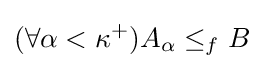
(\forall {\alpha <\kappa ^{+}})A_{\alpha }\leq _{f}B